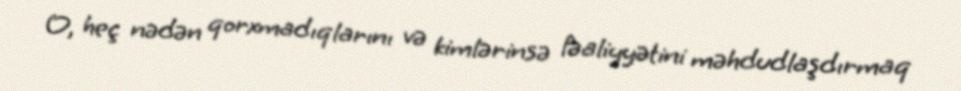
O, heç nədən qorxmadıqlarını və kimlərinsə fəaliyyətini məhdudlaşdırmaq